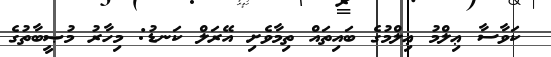
ކަވާސާ ޢިލްމު ޢިލްމުގެ ބައިތައް ތިމާވެށި އޭރަލް ކަނޑު: މިހާރު މުޞީބާތުގެ